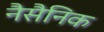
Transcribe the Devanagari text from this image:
नैसैनिक